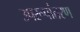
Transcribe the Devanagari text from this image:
उपरूपांतरण